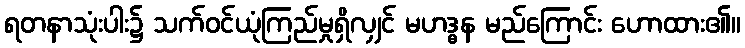
ရတနာသုံးပါး၌ သက်ဝင်ယုံကြည်မှုရှိလျှင် မဟဒ္ဓန မည်ကြောင်း ဟောထား၏။